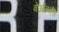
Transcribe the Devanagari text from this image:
बेऔहर्नैस